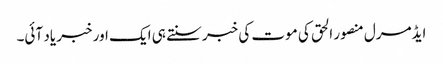
ایڈمرل منصور الحق کی موت کی خبر سنتے ہی ایک اور خبر یاد آئی۔